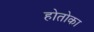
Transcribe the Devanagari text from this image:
होतोका